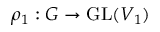
\rho _ { 1 } : G \to { \mathrm { G L } } ( V _ { 1 } )